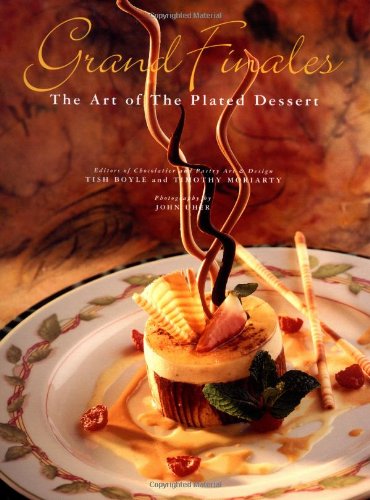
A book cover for Grand Finales: The Art of the Plated Dessert; Tish Boyle; Cookbooks, Food & Wine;